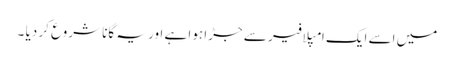
میں اسے ایک امپلافیر سے جڑا ہوا ہے اور یہ گانا شروع کر دیا ۔